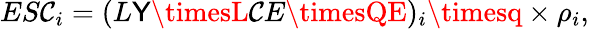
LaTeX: ES\mathcal{C}_{i}=(L\mathsf{Y}\timesL\mathcal{C}E\timesQE)_{i}\timesq\times\rho_{i},